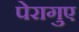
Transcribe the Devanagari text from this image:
पेरागुए